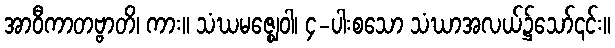
အာဝီကာတဗ္ဗာတိ၊ ကား။ သံဃမဇ္ဈေဝါ၊ ၄-ပါးစသော သံဃာအလယ်၌သော်၎င်း။